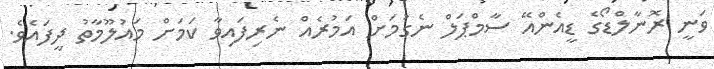
ވަނީ ރޮނާލްޑޯގެ ޑީއެންއޭ ސާމްޕަލް ނެގުމަށް އަމުރެއް ނެރިފައިވާ ކަމަށް މައުލޫމާތު ދީފައެވެ.